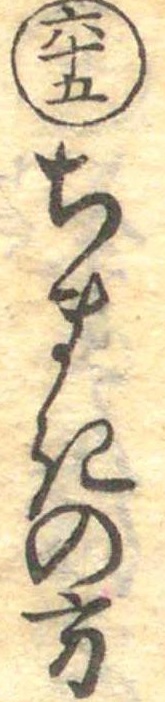
六十五ちまきの方